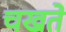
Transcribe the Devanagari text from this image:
चखते